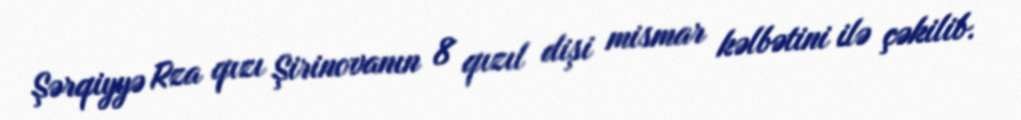
Şərqiyyə Rza qızı Şirinovanın 8 qızıl dişi mismar kəlbətini ilə çəkilib.